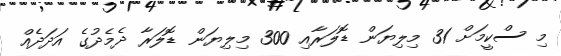
މި ސްކީމަށް 31 މިލިޔަން ޑޮލަރާއި 300 މިލިޔަން ޑޮލަރާ ދެމެދުގެ އަދަދެއް